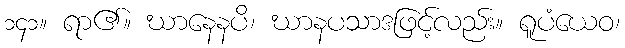
၁၄၁။ ရာ၏။ ဃာနေနပိ၊ ဃာနပသာဒဖြင့်လည်း။ ရူပံယေဝ၊